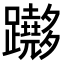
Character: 𨇵